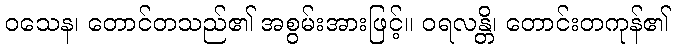
ဝသေန၊ တောင်တသည်၏ အစွမ်းအားဖြင့်။ ဝရလန္တိ၊ တောင်းတကုန်၏